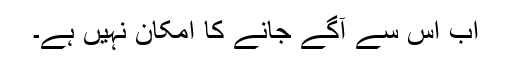
اب اس سے آگے جانے کا امکان نہیں ہے۔